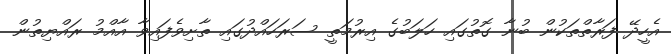
އެހީދޭ ފަރާތްތަކުން ބުނާ ގޮތުގައި ހަލަބުގެ އިރުމަތީ ސަރަހައްދުގައި ތާށިވެފައިވާ އާއްމު ރައްޔިތުން